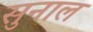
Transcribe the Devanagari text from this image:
सुनाल